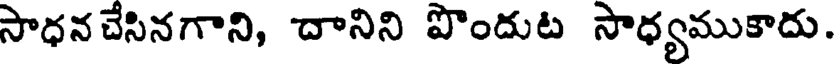
సాధన చేసినగాని, దానిని పొందుట సాధ్యముకాదు.